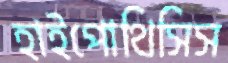
হাইপোথিসিস